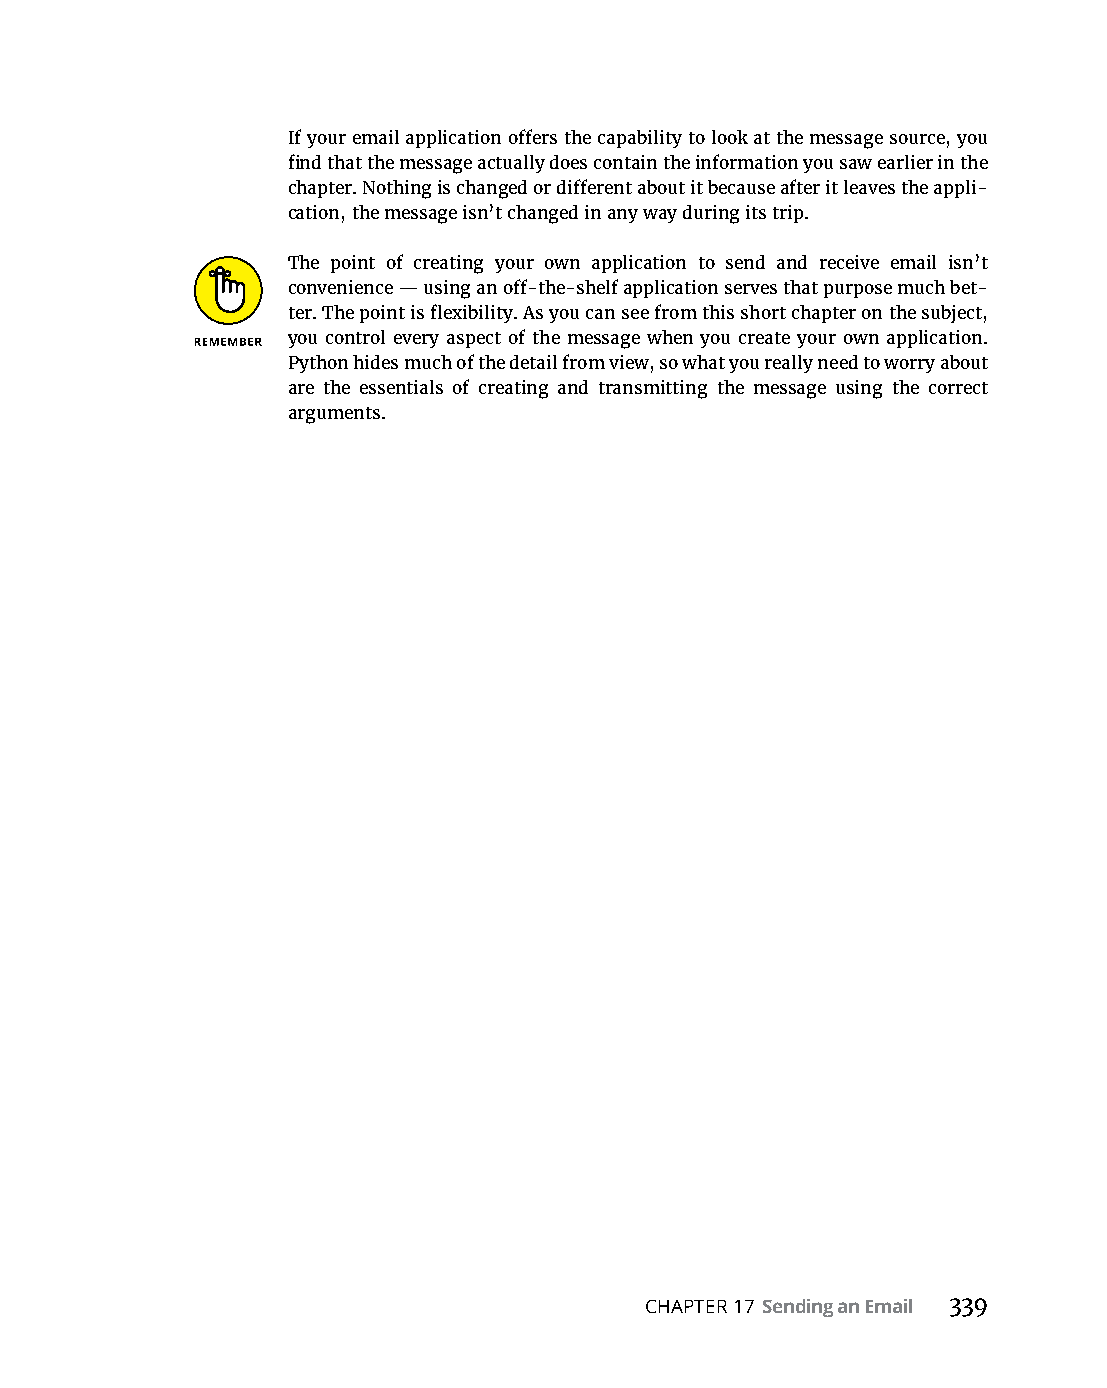
If your email application offers the capability to look at the message source, you
 find that the message actually does contain the information you saw earlier in the
 chapter. Nothing is changed or different about it because after it leaves the appli-
 cation, the message isn’t changed in any way during its trip.
 The point of creating your own application to send and receive email isn’t
 convenience — using an off-the-shelf application serves that purpose much bet-
 ter. The point is flexibility. As you can see from this short chapter on the subject,
 you control every aspect of the message when you create your own application.
 Python hides much of the detail from view, so what you really need to worry about
 are the essentials of creating and transmitting the message using the correct
 arguments.
 CHAPTER 17 Sending an Email 339